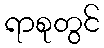
ရာစုတွင်